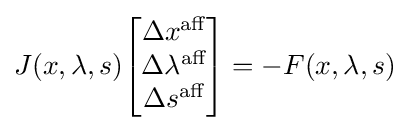
J(x,\lambda ,s){\begin{bmatrix}\Delta x^{\text{aff}}\\\Delta \lambda ^{\text{aff}}\\\Delta s^{\text{aff}}\end{bmatrix}}=-F(x,\lambda ,s)